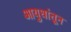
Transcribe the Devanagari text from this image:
आयुधांतून